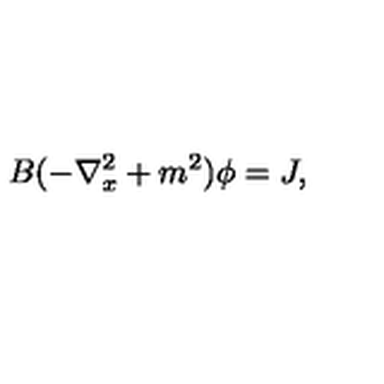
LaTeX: B ( - \nabla _ { x } ^ { 2 } + m ^ { 2 } ) \phi = J ,